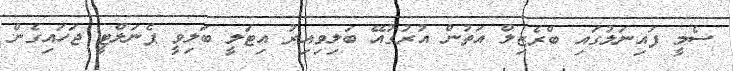
ސެމީ ފައިނަލުގައި ބްރެޒިލް އަތުން އުރުގުއޭ ބަލިވިއިރު އިޓަލީ ބަލިވީ ޕެނަލްޓީ ޖަހައިގެން